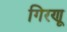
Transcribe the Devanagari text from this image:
गिरणू